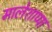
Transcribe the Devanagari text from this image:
मालेशाप्पा